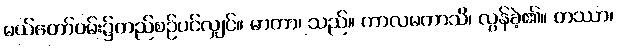
မယ်တော်ဝမ်း၌တည်စဉ်ပင်လျှင်။ မာတာ၊ သည်။ ကာလမကာသိ၊ လွန်ခဲ့၏။ တဿာ၊